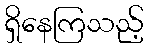
ရှိနေကြသည့်